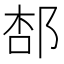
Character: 𨛢